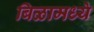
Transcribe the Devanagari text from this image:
बिळामध्ये